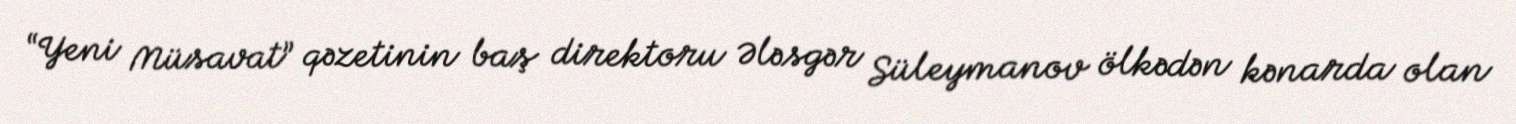
“Yeni Müsavat” qəzetinin baş direktoru Ələsgər Süleymanov ölkədən kənarda olan